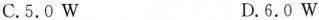
C.5.0W D.6.0W